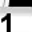
Digit: 1